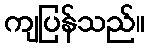
ကျပြန်သည်။